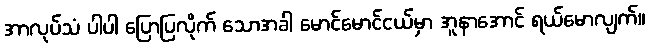
အာလုပ်သံ ပါပါ ပြောပြလိုက် သောအခါ မောင်မောင်ငယ်မှာ အူနာအောင် ရယ်မောလျက်။